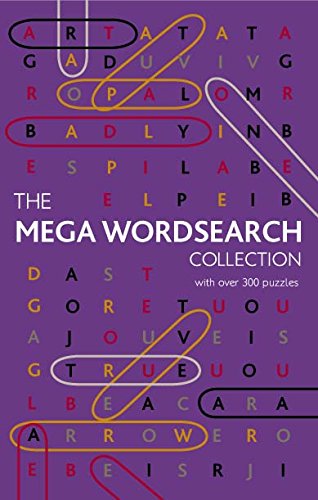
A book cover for Mega Wordsearch Collection - Series 6 (The Bonds of Reasoning); Parragon Books; Humor & Entertainment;